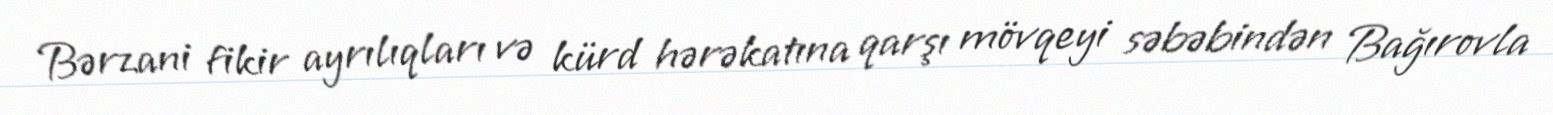
Bərzani fikir ayrılıqları və kürd hərəkatına qarşı mövqeyi səbəbindən Bağırovla